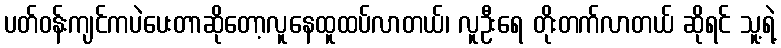
ပတ်ဝန်းကျင်ကပဲပေးတာဆိုတော့လူနေထူထပ်လာတယ်၊ လူဦးရေ တိုးတက်လာတယ် ဆိုရင် သူ့ရဲ့